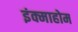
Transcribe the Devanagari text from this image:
इंक्माहोम